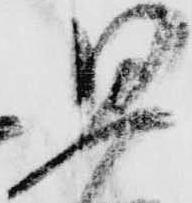
思